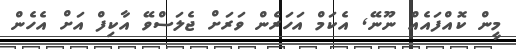
މީން ކޮއްފައެއް ނޫނޭ